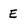
Character: E